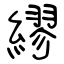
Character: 繆